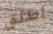
اطلق